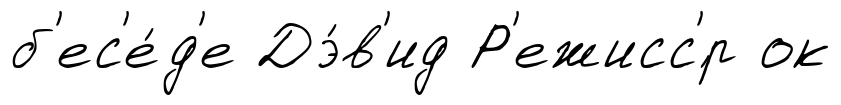
б'ес'е́д'е Дэ́в'ид Р'ежисс'́р ок